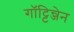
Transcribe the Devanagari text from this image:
गॉट्टिन्जेन